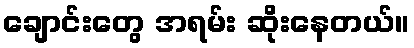
ချောင်းတွေ အရမ်း ဆိုးနေတယ်။